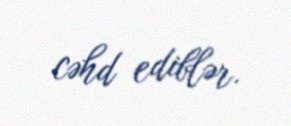
cəhd ediblər.